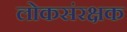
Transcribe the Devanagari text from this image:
लोकसंरक्षक